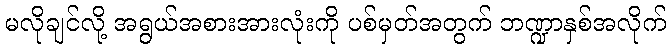
မလိုချင်လို့ အရွယ်အစားအားလုံးကို ပစ်မှတ်အတွက် ဘဏ္ဍာနှစ်အလိုက်